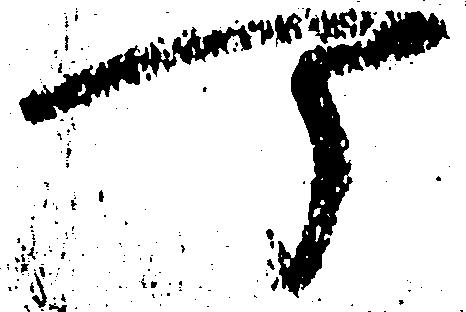
可